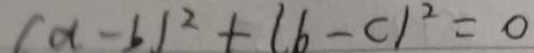
( a - b ) ^ { 2 } + ( b - c ) ^ { 2 } = 0